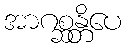
အာဂစ္ဆန္တိပေ